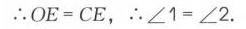
\(\therefore OE = CE\)，\(\therefore\angle1=\angle2\).